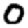
Digit: 0